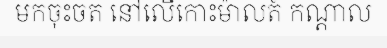
មកចុះចត នៅលើកោះម៉ាលត៍ កណ្តាល